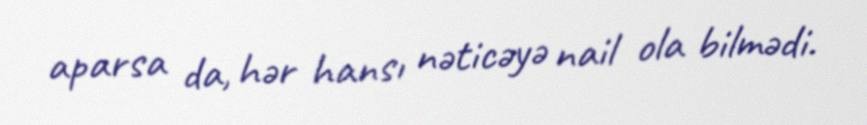
aparsa da, hər hansı nəticəyə nail ola bilmədi.